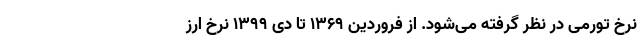
نرخ تورمی در نظر گرفته می‌شود. از فروردین ۱۳۶۹ تا دی ۱۳۹۹ نرخ ارز